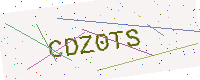
Text: CDZ0TS